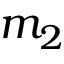
m _ { 2 }